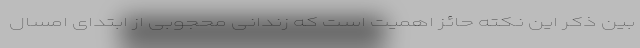
بین ذکر این نکته حائز اهمیت است که زندانی محجوبی از ابتدای امسال